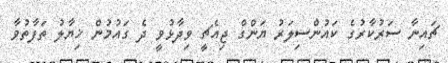
ޗައިނާ ސަރުކާރުގެ ކައުންސިލަރު ޔަންގް ޖިއެޗީ ވިދާޅުވީ ދެ ގައުމުން ޚިޔާލު ތަފާތުވާ